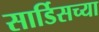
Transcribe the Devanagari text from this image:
सार्डिसच्या